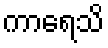
ကာရေသိ